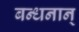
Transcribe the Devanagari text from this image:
बन्‍धनान्